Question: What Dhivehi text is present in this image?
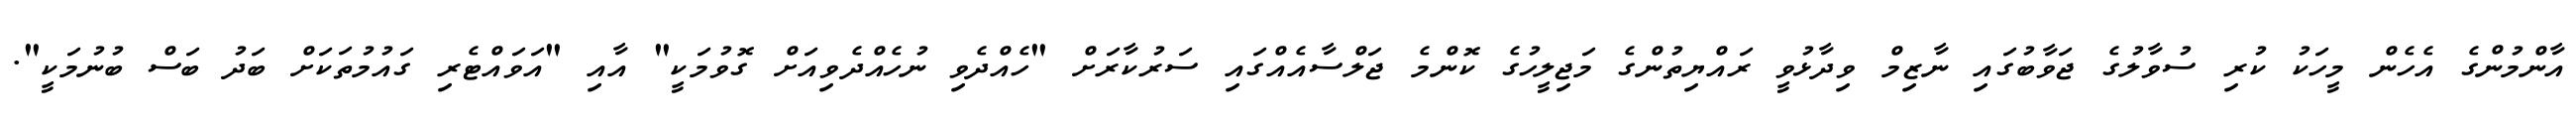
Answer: އާންމުންގެ އެހެން މީހަކު ކުރި ސުވާލުގެ ޖަވާބުގައި ނާޒިމް ވިދާޅުވީ ރައްޔިތުންގެ މަޖިލީހުގެ ކޮންމެ ޖަލްސާއެއްގައި ސަރުކާރަށް "ހެއްދެވި ނުހެއްދެވިއަށް ގޮވުމަކީ" އާއި "އަވައްޓެރި ގައުމުތަކަށް ބަދު ބަސް ބުނުމަކީ".